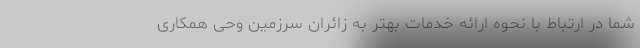
شما در ارتباط با نحوه ارائه خدمات بهتر به زائران سرزمین وحی همکاری